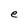
Character: e